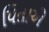
પિતાએ